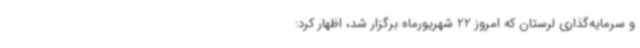
و سرمایه‌گذاری لرستان که امروز 22 شهریورماه برگزار شد، اظهار کرد: